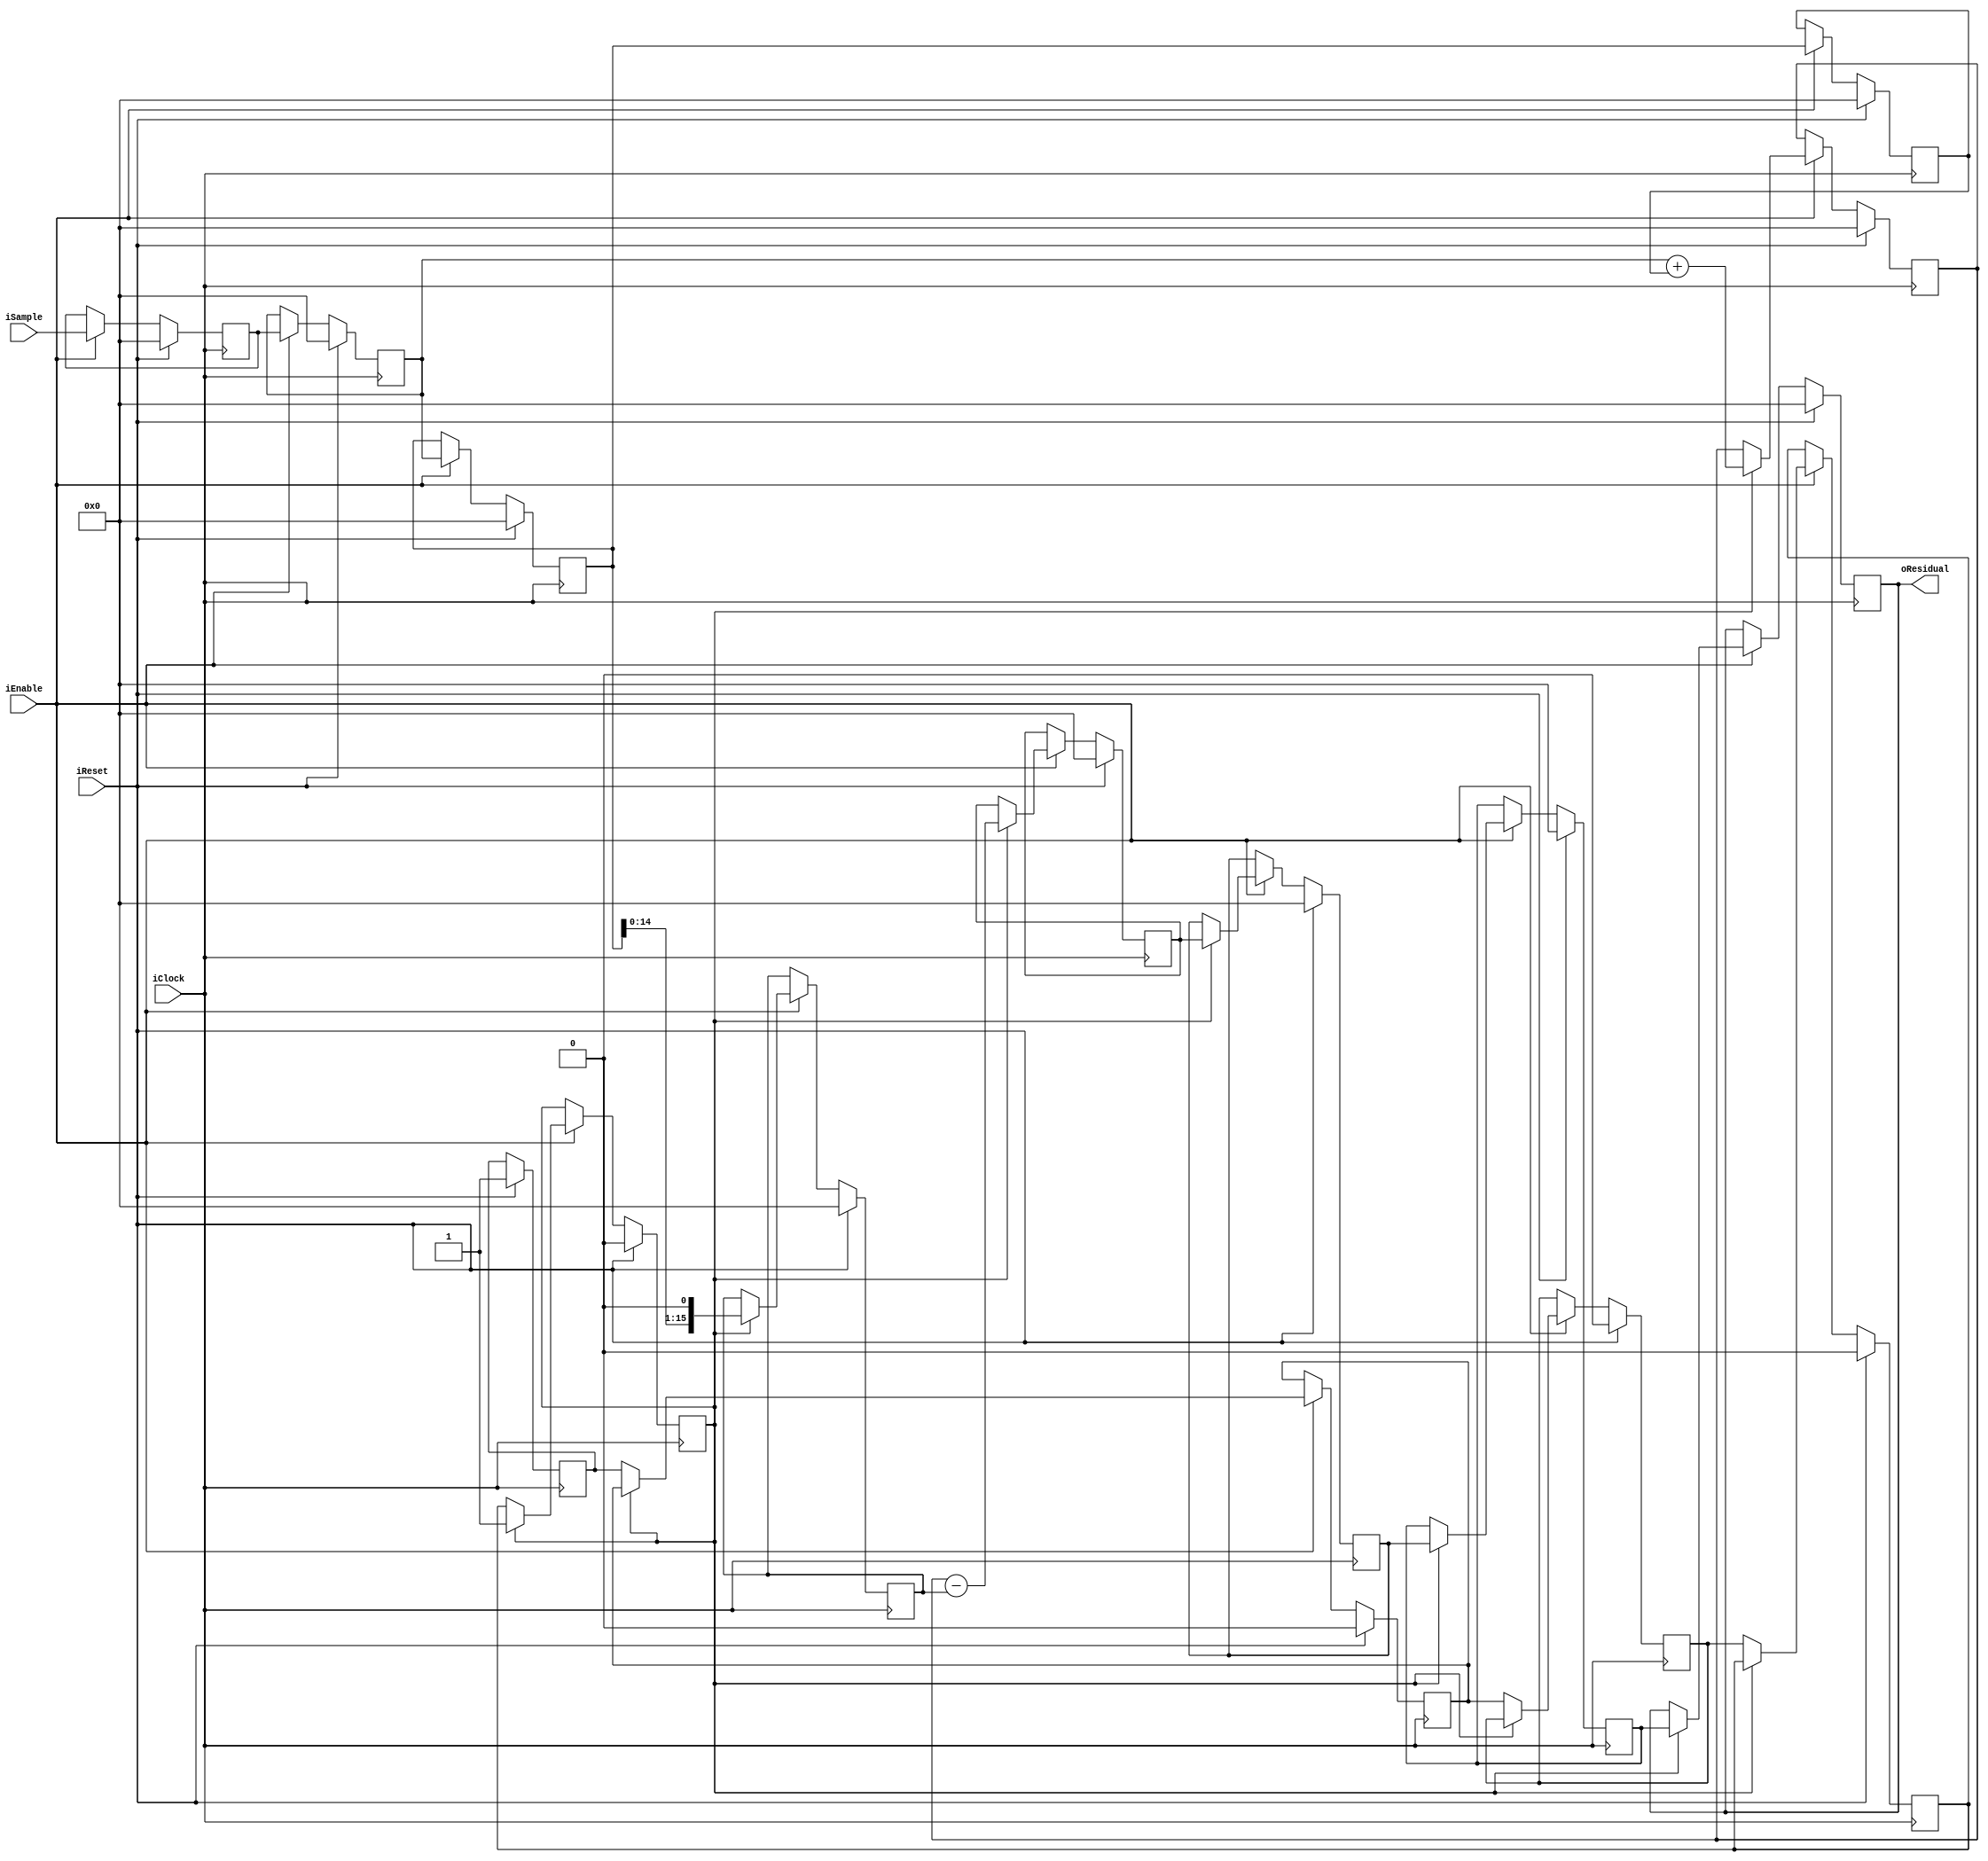
module FixedEncoderOrder2 (input wire iClock, 
                           input wire iEnable,
                           input wire iReset,
                           input wire signed [15:0] iSample,
                           output wire signed [15:0] oResidual);
/* 
 * Latency is 8 cycles after enable signal
 */
 
reg signed [15:0] dataq [0:2];
reg signed [15:0] sample_r, termA, termB;
reg signed [15:0] residual, residual_d1, residual_d2, residual_d3;

reg warmup;
reg warmup_d1, warmup_d2, warmup_d3, warmup_d4;

integer i;

assign oResidual = residual_d3;

always @(posedge iClock)
begin
    if (iReset) begin
        sample_r <= 16'b0;
        
        warmup <= 1;
        warmup_d1 <= 0;
        warmup_d2 <= 0;
        warmup_d3 <= 0;
        warmup_d4 <= 0;
        
        for (i = 0; i <= 2; i = i + 1) begin
            dataq[i] <= 16'b0;
        end
        residual <= 16'b0;
        residual_d1 <= 16'b0;
        residual_d2 <= 16'b0;
        residual_d3 <= 16'b0;
        
        termA <= 16'b0;
        termB <= 16'b0;
    end else if (iEnable) begin
        // Register the input
        sample_r <= iSample;
        
        // Shift the data queue down
        for (i = 1; i <= 2; i = i + 1) begin
            dataq[i] <= dataq[i - 1];
        end
        
        // Feed the queue
        dataq[0] <= sample_r;
        
        // Fill the queue and then wait 1 cycle to sample the latest data point
        if (!warmup_d4) begin
            warmup_d1 <= warmup;
            warmup_d2 <= warmup_d1;
            warmup_d3 <= warmup_d2;
            warmup_d4 <= warmup_d3;
        end else begin
            
            // Pipelined version runs at 350 MHz
            // Phase 1 of pipeline
            termA <= dataq[0] + dataq[2];
            termB <= dataq[1] << 1;
            
            // Phase 2 of pipeline
            residual <= termA - termB;
            
            // Delay so it is the same latency as order 4
            residual_d1 <= residual;
            residual_d2 <= residual_d1;
            residual_d3 <= residual_d2;
        end
    end
end
endmodule